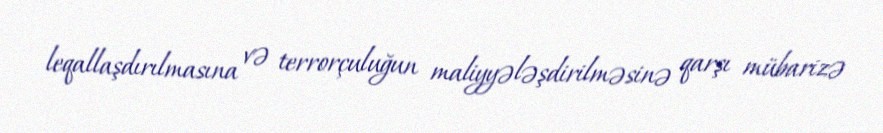
leqallaşdırılmasına və terrorçuluğun maliyyələşdirilməsinə qarşı mübarizə